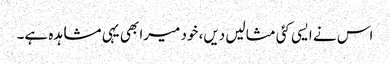
اس نے ایسی کئی مثالیں دیں، خود میرا بھی یہی مشاہدہ ہے۔